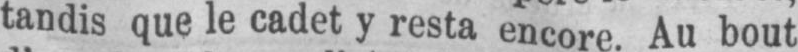
tandis que le cadet y resta encore Au bout